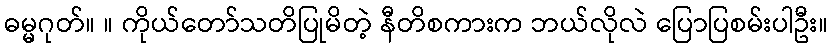
ဓမ္မဂုတ်။ ။ ကိုယ်တော်သတိပြုမိတဲ့ နီတိစကားက ဘယ်လိုလဲ ပြောပြစမ်းပါဦး။